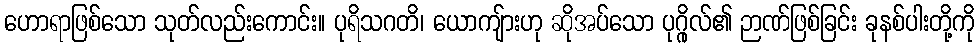
ဟောရာဖြစ်သော သုတ်လည်းကောင်း။ ပုရိသဂတိ၊ ယောကျ်ားဟု ဆိုအပ်သော ပုဂ္ဂိုလ်၏ ဉာဏ်ဖြစ်ခြင်း ခုနစ်ပါးတို့ကို